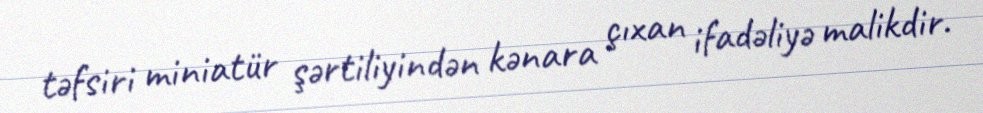
təfsiri miniatür şərtiliyindən kənara çıxan ifadəliyə malikdir.